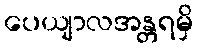
ပေယျာလအန္တရမှိ